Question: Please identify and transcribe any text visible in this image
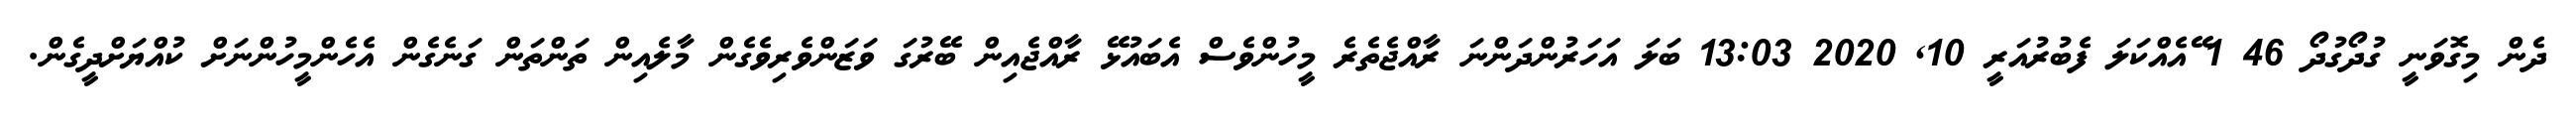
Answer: ދެން މިގޮވަނީ ގުދޯގުދޯ 46 1 ޭއެއްކަލަ ފެބުރުއަރީ 10, 2020 13:03 ބަލަ އަހަރުންދަންނަ ރާއްޖެތެރެ މީހުންވެސް އެބައުޅޭ ރާއްޖެއިން ބޭރުގަ ވަޒަންވެރިވެގެން މާލެއިން ތަންތަން ގަނެގެން އެހެންމީހުންނަށް ކުއްޔަށްދީގެން.